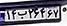
۱۴ب۲۶۴۶۷